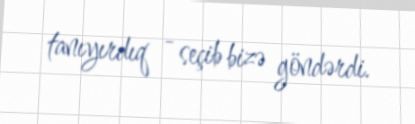
tanıyırdıq - seçib bizə göndərdi.